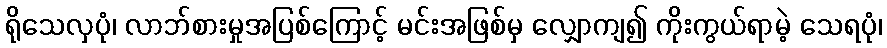
ရိုသေလှပုံ၊ လာဘ်စားမှုအပြစ်ကြောင့် မင်းအဖြစ်မှ လျှောကျ၍ ကိုးကွယ်ရာမဲ့ သေရပုံ၊